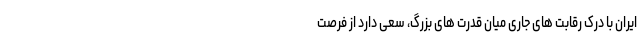
ایران با درکِ رقابت های جاری میان قدرت های بزرگ، سعی دارد از فرصت